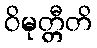
ဝိမုတ္တီတိ